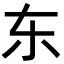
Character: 东